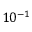
1 0 ^ { - 1 }